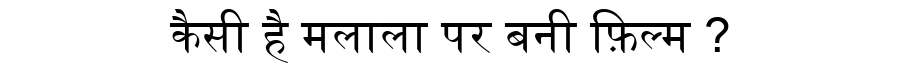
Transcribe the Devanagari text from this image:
कैसी है मलाला पर बनी फ़िल्म ?